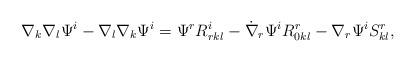
LaTeX: \begin{align*} \nabla_{k} \nabla_{l} \Psi^{i} -\nabla_{l} \nabla_{k} \Psi^{i} =\Psi^{r} R^{i}_{rkl}-\dot{\nabla }_{r} \Psi^{i} R^{r}_{0kl}-\nabla_{r} \Psi^{i} S^{r}_{kl}, \end{align*}